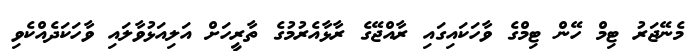
މެނޭޖަރު ޓިމް ހޭން ޓިމްގެ ވާހަކައިގައި ރާއްޖޭގެ ރާޅާއެރުމުގެ ތާރީހަށް އަލިއަޅުވާލައި ވާހަކަދެއްކެވި